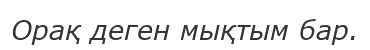
Орақ деген мықтым бар.